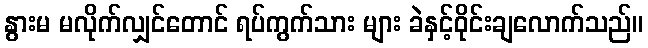
နွားမ မလိုက်လျှင်တောင် ရပ်ကွက်သား များ ခဲနှင့်ဝိုင်းချလောက်သည်။